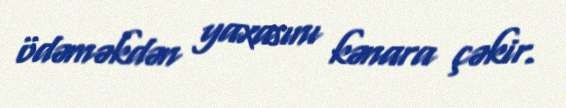
ödəməkdən yaxasını kənara çəkir.